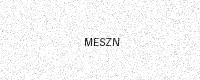
Text: MESZN